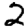
Digit: 2